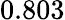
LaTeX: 0.803